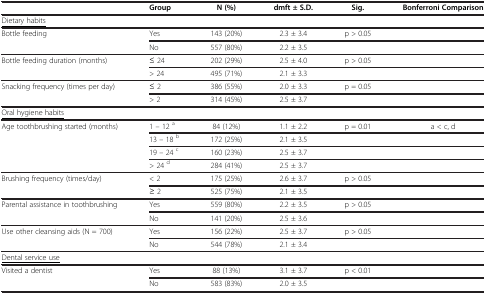
<table><thead><tr><td>[EMPTY_CELL]</td><td><b>Group</b></td><td><b>N (%)</b></td><td><b>dmft ± S.D.</b></td><td><b>Sig.</b></td><td><b>Bonferroni Comparison</b></td></tr></thead><tbody><tr><td><underline>Dietary habits</underline></td><td>[EMPTY_CELL]</td><td>[EMPTY_CELL]</td><td>[EMPTY_CELL]</td><td>[EMPTY_CELL]</td><td>[EMPTY_CELL]</td></tr><tr><td rowspan="2">Bottle feeding</td><td>Yes</td><td>143 (20%)</td><td>2.3 ± 3.4</td><td>p &gt; 0.05</td><td>[EMPTY_CELL]</td></tr><tr><td>No</td><td>557 (80%)</td><td>2.2 ± 3.5</td><td>[EMPTY_CELL]</td><td>[EMPTY_CELL]</td></tr><tr><td>Bottle feeding duration (months)</td><td>≤ 24</td><td>202 (29%)</td><td>2.5 ± 4.0</td><td>p &gt; 0.05</td><td>[EMPTY_CELL]</td></tr><tr><td>[EMPTY_CELL]</td><td>&gt; 24</td><td>495 (71%)</td><td>2.1 ± 3.3</td><td>[EMPTY_CELL]</td><td>[EMPTY_CELL]</td></tr><tr><td>Snacking frequency (times per day)</td><td>≤ 2</td><td>386 (55%)</td><td>2.0 ± 3.3</td><td>p = 0.05</td><td>[EMPTY_CELL]</td></tr><tr><td>[EMPTY_CELL]</td><td>&gt; 2</td><td>314 (45%)</td><td>2.5 ± 3.7</td><td>[EMPTY_CELL]</td><td>[EMPTY_CELL]</td></tr><tr><td><underline>Oral hygiene habits</underline></td><td>[EMPTY_CELL]</td><td>[EMPTY_CELL]</td><td>[EMPTY_CELL]</td><td>[EMPTY_CELL]</td><td>[EMPTY_CELL]</td></tr><tr><td>Age toothbrushing started (months)</td><td>1 – 12 <sup>a</sup></td><td>84 (12%)</td><td>1.1 ± 2.2</td><td>p = 0.01</td><td>a &lt; c, d</td></tr><tr><td>[EMPTY_CELL]</td><td>13 – 18 <sup>b</sup></td><td>172 (25%)</td><td>2.1 ± 3.5</td><td>[EMPTY_CELL]</td><td>[EMPTY_CELL]</td></tr><tr><td>[EMPTY_CELL]</td><td>19 – 24 <sup>c</sup></td><td>160 (23%)</td><td>2.5 ± 3.7</td><td>[EMPTY_CELL]</td><td>[EMPTY_CELL]</td></tr><tr><td>[EMPTY_CELL]</td><td>&gt; 24 <sup>d</sup></td><td>284 (41%)</td><td>2.5 ± 3.7</td><td>[EMPTY_CELL]</td><td>[EMPTY_CELL]</td></tr><tr><td>Brushing frequency (times/day)</td><td>&lt; 2</td><td>175 (25%)</td><td>2.6 ± 3.7</td><td>p &gt; 0.05</td><td>[EMPTY_CELL]</td></tr><tr><td>[EMPTY_CELL]</td><td>≥ 2</td><td>525 (75%)</td><td>2.1 ± 3.5</td><td>[EMPTY_CELL]</td><td>[EMPTY_CELL]</td></tr><tr><td>Parental assistance in toothbrushing</td><td>Yes</td><td>559 (80%)</td><td>2.2 ± 3.5</td><td>p &gt; 0.05</td><td>[EMPTY_CELL]</td></tr><tr><td>[EMPTY_CELL]</td><td>No</td><td>141 (20%)</td><td>2.5 ± 3.6</td><td>[EMPTY_CELL]</td><td>[EMPTY_CELL]</td></tr><tr><td>Use other cleansing aids (N = 700)</td><td>Yes</td><td>156 (22%)</td><td>2.5 ± 3.7</td><td>p &gt; 0.05</td><td>[EMPTY_CELL]</td></tr><tr><td>[EMPTY_CELL]</td><td>No</td><td>544 (78%)</td><td>2.1 ± 3.4</td><td>[EMPTY_CELL]</td><td>[EMPTY_CELL]</td></tr><tr><td><underline>Dental service use</underline></td><td>[EMPTY_CELL]</td><td>[EMPTY_CELL]</td><td>[EMPTY_CELL]</td><td>[EMPTY_CELL]</td><td>[EMPTY_CELL]</td></tr><tr><td rowspan="2">Visited a dentist</td><td>Yes</td><td>88 (13%)</td><td>3.1 ± 3.7</td><td>p &lt; 0.01</td><td>[EMPTY_CELL]</td></tr><tr><td>No</td><td>583 (83%)</td><td>2.0 ± 3.5</td><td>[EMPTY_CELL]</td><td>[EMPTY_CELL]</td></tr></tbody></table>